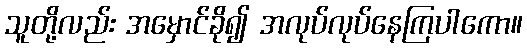
သူတို့လည်း အမှောင်ခို၍ အလုပ်လုပ်နေကြပါကော။